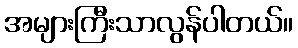
အများကြီးသာလွန်ပါတယ်။